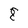
Character: 8